Indian journal of veterinary science and animal husbandry - Volumes 26-27, 1956-1957
Year: 1956
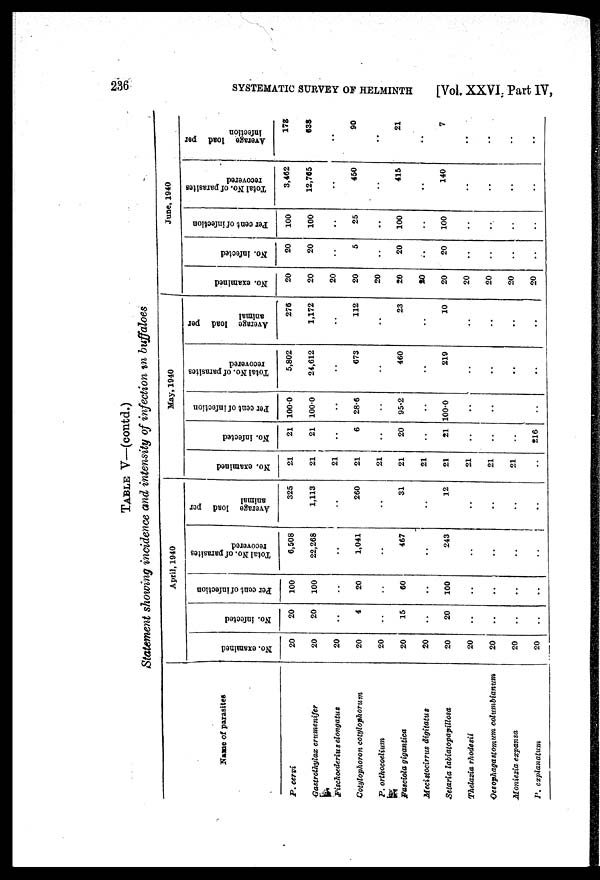
236
SYSTEMATIC SURVEY OF HELMINTH
[Vol. XXVI, Part IV,
TABLE V—(contd.)
Statement showing incidence and intensity of infection in buffaloes
Name of parasites
P. cervi
Gastrothylax crumenifer
Fischoederius elongatus
Cotylophoron cotylophorum
P. orthocoelium
Fasciola gigantica
Mecistocirrus
digitatus
Setaria labiatopapillosa
Thelazia rhodesii
Oesophagastomum
columbianum
Moniezia expansa
P. explanatum
April, 1940
No. examined
20
20
20
20
20
20
20
20
20
20
20
20
No. infected
20
20
..
4
..
15
..
20
..
..
..
..
Per cent of infection
100
100
..
20
..
60
..
100
..
..
..
..
Total No. of parasites
recovered
6,508
22,268
..
1,041
..
467
..
243
..
..
..
..
Average load per
animal
325
1,113
..
260
..
31
..
12
..
..
..
..
May, 1940
No. examined
21
21
21
21
21
21
21
21
21
21
21
..
No. infected
21
21
..
6
..
20
..
21
..
..
..
216
Per cent of infection
100.0
100.0
..
28.6
..
95.2
..
100.0
..
..
..
..
Total No. of parasites
recovered
5,802
24,612
..
673
..
460
..
219
..
..
..
..
Average load per
animal
276
1,172
..
112
..
23
....
10
..
..
..
..
June, 1940
No. examined
20
20
20
20
20
20
20
20
20
20
20
20
No. infected
20
20
..
5
..
20
..
20
..
..
..
..
Per cent of infection
100
100
..
25
..
100
..
100
..
..
..
..
Total No. of parasites
recovered
3,462
12,765
..
450
..
415
..
140
..
..
..
..
Average load per
infection
178
638
..
90
..
21
..
7
..
..
..
..